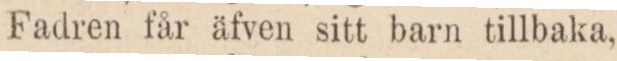
Fadren får äfven sitt barn tillbaka,